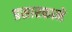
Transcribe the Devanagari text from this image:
प्रसारकाने